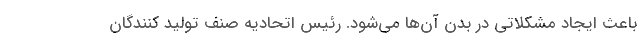
باعث ایجاد مشکلاتی در بدن آن‌ها می‌شود. رئیس اتحادیه صنف تولید کنندگان